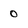
Character: 0